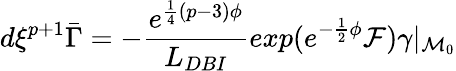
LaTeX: d\xi^{p+1}\bar{\Gamma}=-{\frac{e^{{\frac{1}{4}}(p-3)\phi}}{L_{DBI}}}exp(e^{{-{\frac{1}{2}}\phi}}{\cal F})\gamma\vert_{{\cal M}_{0}}